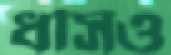
ধসিও